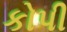
કોપી